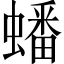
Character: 蟠